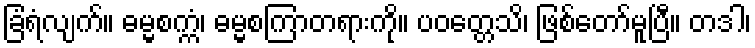
ခြံရံလျက်။ ဓမ္မစက္ကံ၊ ဓမ္မစကြာတရားကို။ ပဝတ္တေသိ၊ ဖြစ်တော်မူပြီ။ တဒါ၊